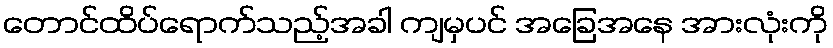
တောင်ထိပ်ရောက်သည့်အခါ ကျမှပင် အခြေအနေ အားလုံးကို